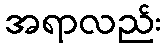
အရာလည်း